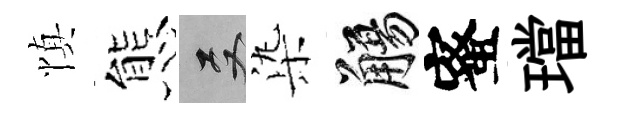
慎態双𣑱觴蜜璫